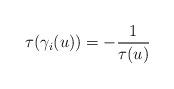
LaTeX: \begin{align*}\tau(\gamma_i(u)) = -\frac{1}{\tau(u)}\end{align*}